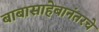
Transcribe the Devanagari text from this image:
बाबासाहेबानंतरचे